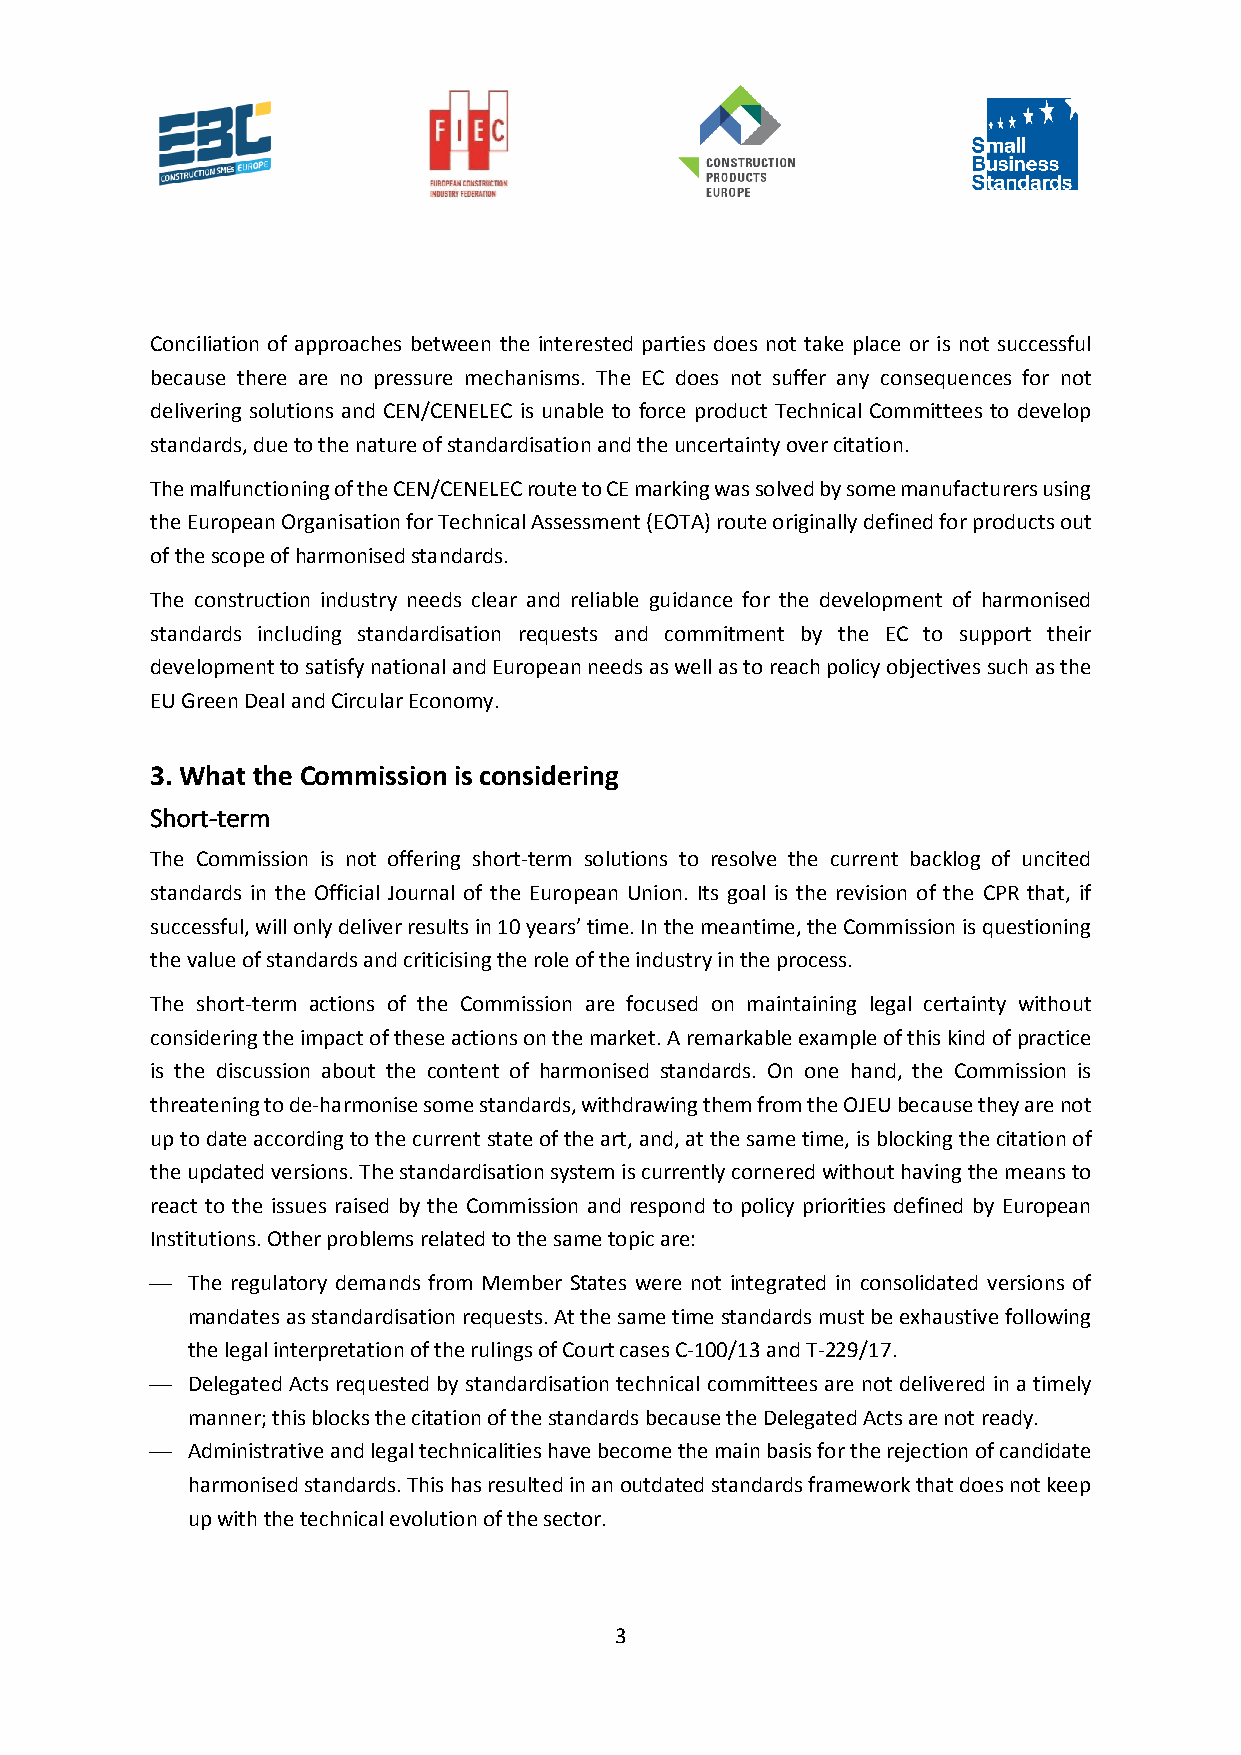
Conciliation of approaches between the interested parties does not take place or is not successful
 because there are no pressure mechanisms. The EC does not suffer any consequences for not
 delivering solutions and CEN/CENELEC is unable to force product Technical Committees to develop
 standards, due to the nature of standardisation and the uncertainty over citation.
 The malfunctioning of the CEN/CENELEC route to CE marking was solved by some manufacturers using
 the European Organisation for Technical Assessment (EOTA) route originally defined for products out
 of the scope of harmonised standards.
 The construction industry needs clear and reliable guidance for the development of harmonised
 standards including standardisation requests and commitment by the EC to support their
 development to satisfy national and European needs as well as to reach policy objectives such as the
 EU Green Deal and Circular Economy.
 3. What the Commission is considering
 Short-term
 The Commission is not offering short-term solutions to resolve the current backlog of uncited
 standards in the Official Journal of the European Union. Its goal is the revision of the CPR that, if
 successful, will only deliver results in 10 years’ time. In the meantime, the Commission is questioning
 the value of standards and criticising the role of the industry in the process.
 The short-term actions of the Commission are focused on maintaining legal certainty without
 considering the impact of these actions on the market. A remarkable example of this kind of practice
 is the discussion about the content of harmonised standards. On one hand, the Commission is
 threatening to de-harmonise some standards, withdrawing them from the OJEU because they are not
 up to date according to the current state of the art, and, at the same time, is blocking the citation of
 the updated versions. The standardisation system is currently cornered without having the means to
 react to the issues raised by the Commission and respond to policy priorities defined by European
 Institutions. Other problems related to the same topic are:
 ⎯ The regulatory demands from Member States were not integrated in consolidated versions of
 mandates as standardisation requests. At the same time standards must be exhaustive following
 the legal interpretation of the rulings of Court cases C-100/13 and T-229/17.
 ⎯ Delegated Acts requested by standardisation technical committees are not delivered in a timely
 manner; this blocks the citation of the standards because the Delegated Acts are not ready.
 ⎯ Administrative and legal technicalities have become the main basis for the rejection of candidate
 harmonised standards. This has resulted in an outdated standards framework that does not keep
 up with the technical evolution of the sector.
 3